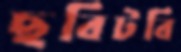
ছবিটবি